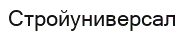
Стройуниверсал